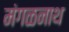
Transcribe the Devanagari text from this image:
मंगळनाथ